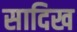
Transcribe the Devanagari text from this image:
सादिख